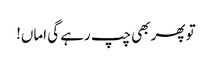
تو پھر بھی چپ رہے گی اماں!